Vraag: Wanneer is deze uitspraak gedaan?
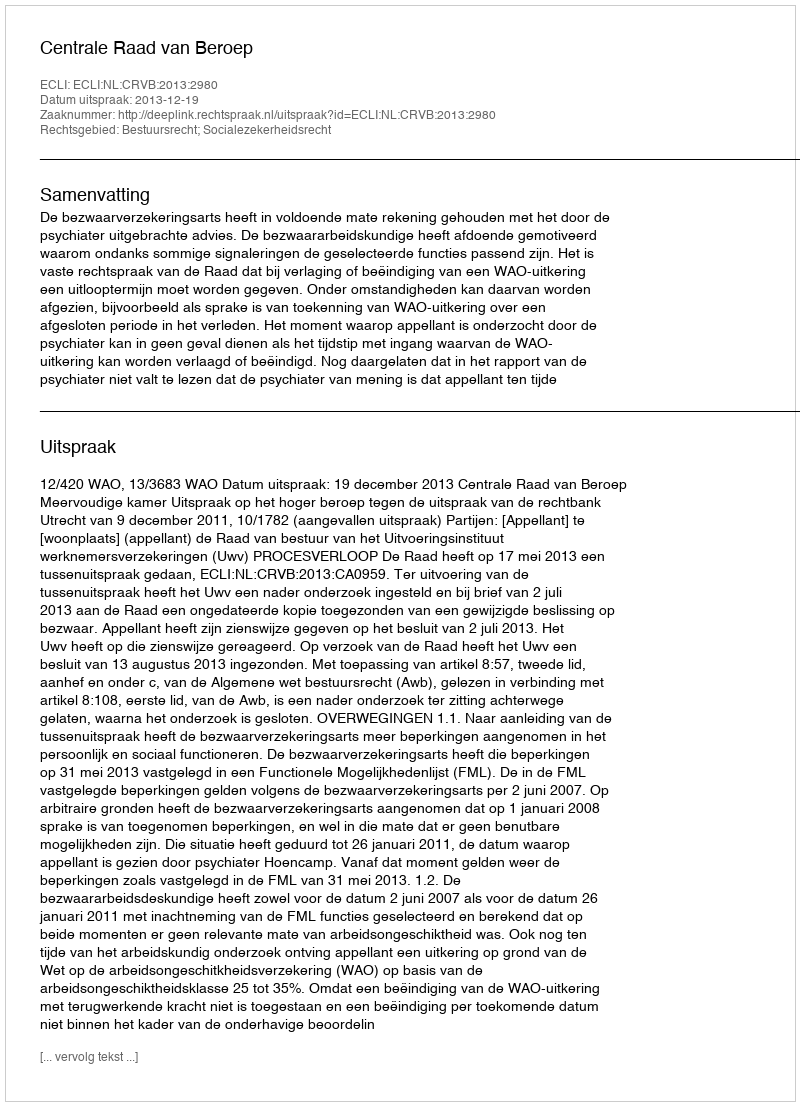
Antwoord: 2013-12-19